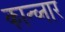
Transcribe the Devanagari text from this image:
कान्च्नार